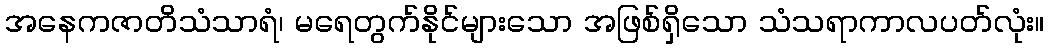
အနေကဇာတိသံသာရံ၊ မရေတွက်နိုင်များသော အဖြစ်ရှိသော သံသရာကာလပတ်လုံး။